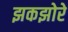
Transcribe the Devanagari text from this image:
झकझोरे